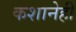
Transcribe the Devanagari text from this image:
कशानेही